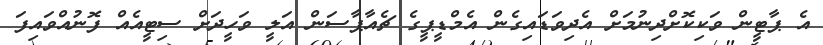
އެ ޕާޓީން ވަކިކޮށްދިނުމަށް އެދިވަޑައިގެން އެމްޑީޕީގެ ޗެއާޕާސަން އަލީ ވަހީދަށް ސިޓީއެއް ފޮނުއްވައިފަ